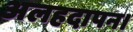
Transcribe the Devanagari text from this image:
अलहदापन।